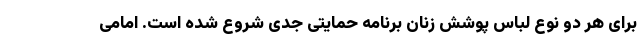
برای هر دو نوع لباس پوشش زنان برنامه حمایتی جدی شروع شده است. امامی